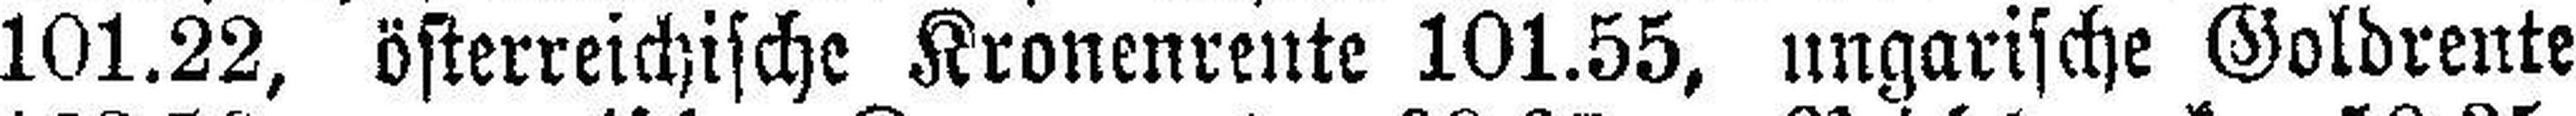
101.22, österreichische Kronenrente 101.55, ungarische Goldrente